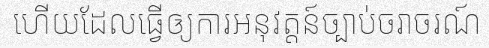
ហើយដែលធ្វើឲ្យការអនុវត្តន៍ច្បាប់ចរាចរណ៍